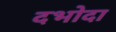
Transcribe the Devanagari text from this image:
दभोदा